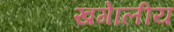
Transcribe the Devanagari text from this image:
खगेालीय